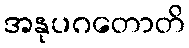
အနုပဂတောတိ